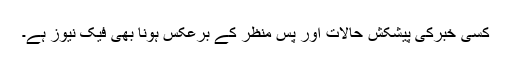
کسی خبرکی پیشکش حالات اور پس منظر کے برعکس ہونا بھی فیک نیوز ہے۔